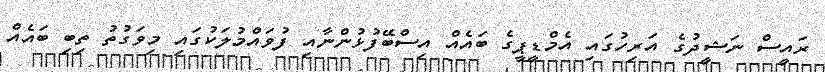
ރައީސް ނަޝީދުގެ އަރިހުގައި އެމްޑީޕީގެ ބައެއް އިސްބޭފުޅުންނާއި ފުވައްމުލަކުގައި މިވަގުތު ތިބި ބައެއް